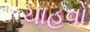
ચાહવો